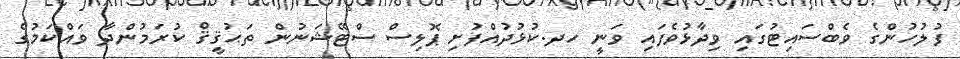
ފުލުހުންގެ ވެބްސައިޓުގައި ވިދާޅުވެފައި ވަނީ ހދ.ކުޅުދުއްފުށި ޕޮލިސް ސްޓޭޝަނުން ތަޙުޤީޤް ކުރަމުންދާ ވައްކަމުގެ